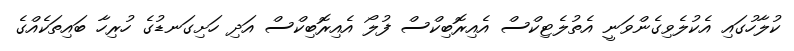
ކުލާހުގައި އެކުލެވިގެންވަނީ އެތުލެޓިކްސް އެއިރޮބިކްސް ފުލޯ އެއިރޮބިކްސް އަދި ހަށިގަނޑުގެ ހުރިހާ ބައިތަކެއްގެ